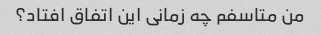
من متاسفم چه زمانی این اتفاق افتاد؟